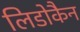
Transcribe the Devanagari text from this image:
लिडोकैन